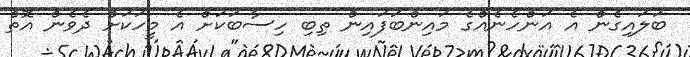
ބަލައިގެން އެ އަންހެނެއްގެ މައިންބަފައިން ތިބި ހިސާބަކަށް އެ މީހަކަށް ދެވެން އޮތް